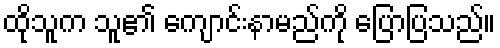
ထိုသူက သူ၏ ကျောင်းနာမည်ကို ပြောပြသည်။